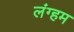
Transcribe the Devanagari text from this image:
लंग्हम